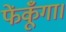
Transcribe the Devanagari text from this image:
फेंकूँगा।